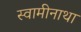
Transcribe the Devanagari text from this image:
स्वामीनाथा